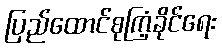
ပြည်ထောင်စုကြံ့ခိုင်ရေး